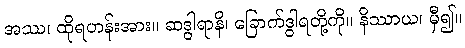
အဿ၊ ထိုရဟန်းအား။ ဆဒွါရာနိ၊ ခြောက်ဒွါရတို့ကို။ နိဿာယ၊ မှီ၍။